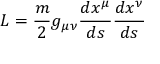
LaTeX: L = { \frac { m } { 2 } } g _ { \mu \nu } { \frac { d x ^ { \mu } } { d s } } { \frac { d x ^ { \nu } } { d s } }